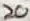
Text: 20